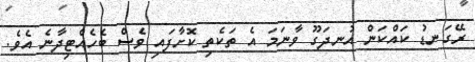
ރޭގަނޑު ކައްކަން އުނދަގޫ ވާނަމަ އެ ތަކެތި ކޮށާފައި ވެސް ބެހެއްޓިދާނެ އެވެ.